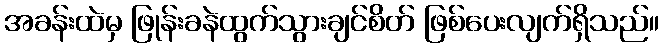
အခန်းထဲမှ ဖြုန်းခနဲထွက်သွားချင်စိတ် ဖြစ်ပေးလျက်ရှိသည်။